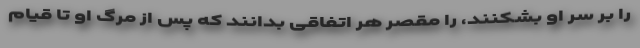
را بر سر او بشکنند، را مقصر هر اتفاقی بدانند که پس از مرگ او تا قیام